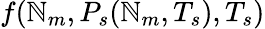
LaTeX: f(\mathbb{N}_{m},P_{s}(\mathbb{N}_{m},T_{s}),T_{s})